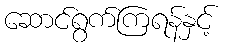
ဆောင်ရွက်ကြရန်နှင့်